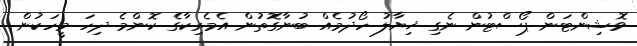
ވޮޝިންޓަން ޕޯސްޓުން ނެގި ޚިޔާލު ހޯދުމެއް ބުނާގޮތުން އެމެރިކާގެ ކޮންމެ ދިހަ މީހަކުން